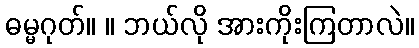
ဓမ္မဂုတ်။ ။ ဘယ်လို အားကိုးကြတာလဲ။